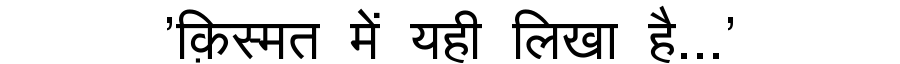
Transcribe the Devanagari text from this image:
'क़िस्मत में यही लिखा है...'